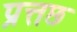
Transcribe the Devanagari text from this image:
प्रत्तछ